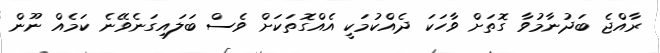
ރާއްޖެ ބަދުނާމުވާ ގޮތަށް ވާހަކަ ދެއްކުމަކީ އެއްގޮތަކަށް ވެސް ބަލައިގަނެވޭނެ ކަމެއް ނޫން